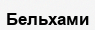
Бельхами